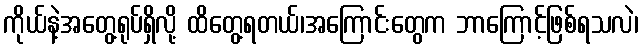
ကိုယ်နဲ့အတွေ့ရုပ်ရှိလို့ ထိတွေ့ရတယ်၊အကြောင်းတွေက ဘာကြောင့်ဖြစ်ရသလဲ၊